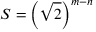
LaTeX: S = \left( { \sqrt { 2 } } \right) ^ { m - n }